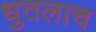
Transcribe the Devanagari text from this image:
धुतलाच